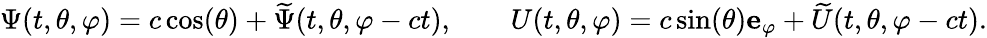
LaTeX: \Psi(t,\theta,\varphi)=c\cos(\theta)+\widetilde{\Psi}(t,\theta,\varphi-ct),\qquad U(t,\theta,\varphi)=c\sin(\theta)\mathbf{e}_{\varphi}+\widetilde{U}(t,\theta,\varphi-ct).